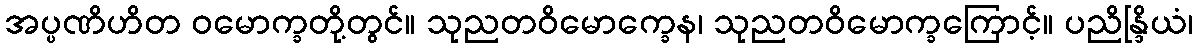
အပ္ပဏိဟိတ ဝမောက္ခတို့တွင်။ သုညတဝိမောက္ခေန၊ သုညတဝိမောက္ခကြောင့်။ ပညိန္ဒြိယံ၊